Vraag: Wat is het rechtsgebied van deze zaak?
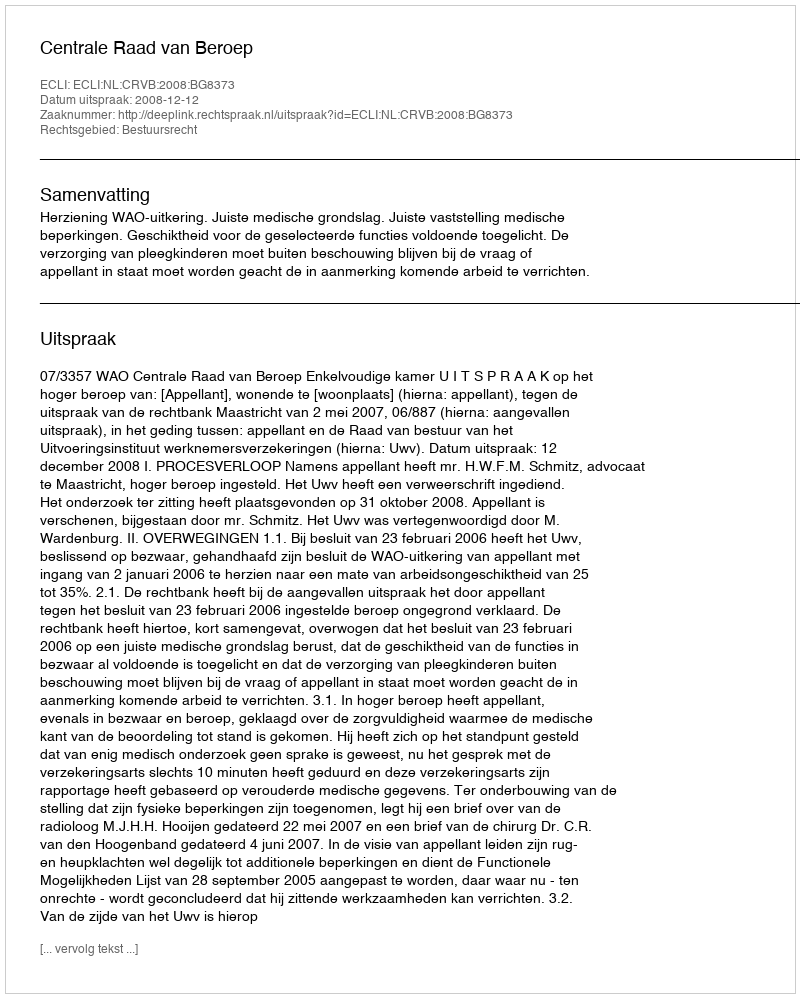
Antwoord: Bestuursrecht